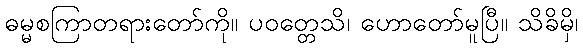
ဓမ္မစကြာတရားတော်ကို။ ပဝတ္တေသိ၊ ဟောတော်မူပြီ။ သိခိမှိ၊